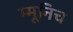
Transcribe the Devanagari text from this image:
म्मूनिच